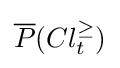
{\overline {P}}(Cl_{t}^{\geq })